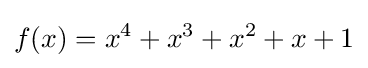
f(x)=x^{4}+x^{3}+x^{2}+x+1